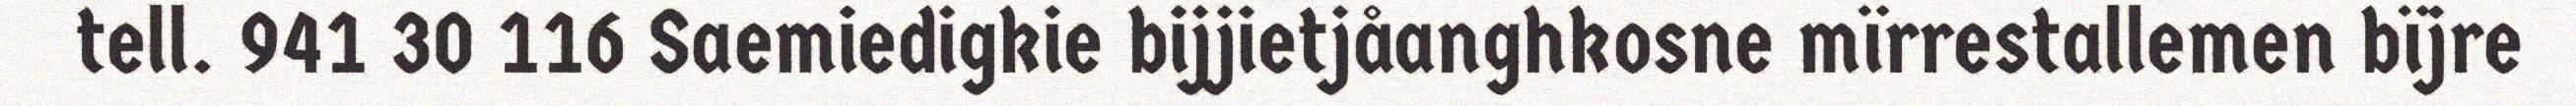
tell. 941 30 116 Saemiedigkie bijjietjåanghkosne mïrrestallemen bïjre